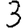
Digit: 3